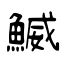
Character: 鰄